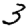
Digit: 3